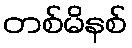
တစ်မိနစ်